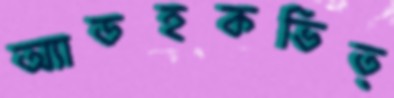
অ্যাডহকভিত্